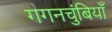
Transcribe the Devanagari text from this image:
गगनचुंबियाँ